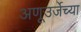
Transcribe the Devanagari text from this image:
अणूउर्जेच्या